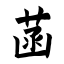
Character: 菡